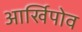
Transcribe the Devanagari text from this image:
आर्खिपोव